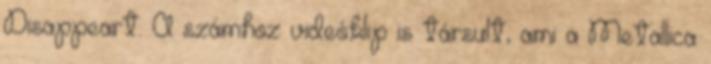
Disappeart. A számhoz videóklip is társult, ami a Metallica